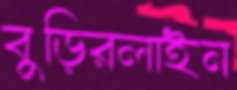
বুড়িরলাইন